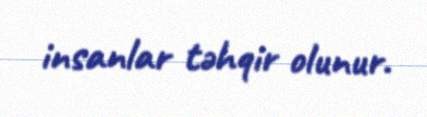
insanlar təhqir olunur.